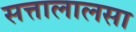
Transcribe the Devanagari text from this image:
सत्तालालसा